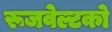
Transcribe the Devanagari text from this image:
रूजवेल्टको